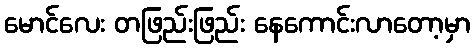
မောင်လေး တဖြည်းဖြည်း နေကောင်းလာတော့မှာ